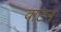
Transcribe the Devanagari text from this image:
वाटन